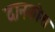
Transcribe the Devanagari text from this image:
दानकोश